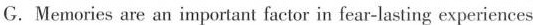
G.Memories are an important factor in fear-lasting experiences